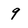
Character: 9